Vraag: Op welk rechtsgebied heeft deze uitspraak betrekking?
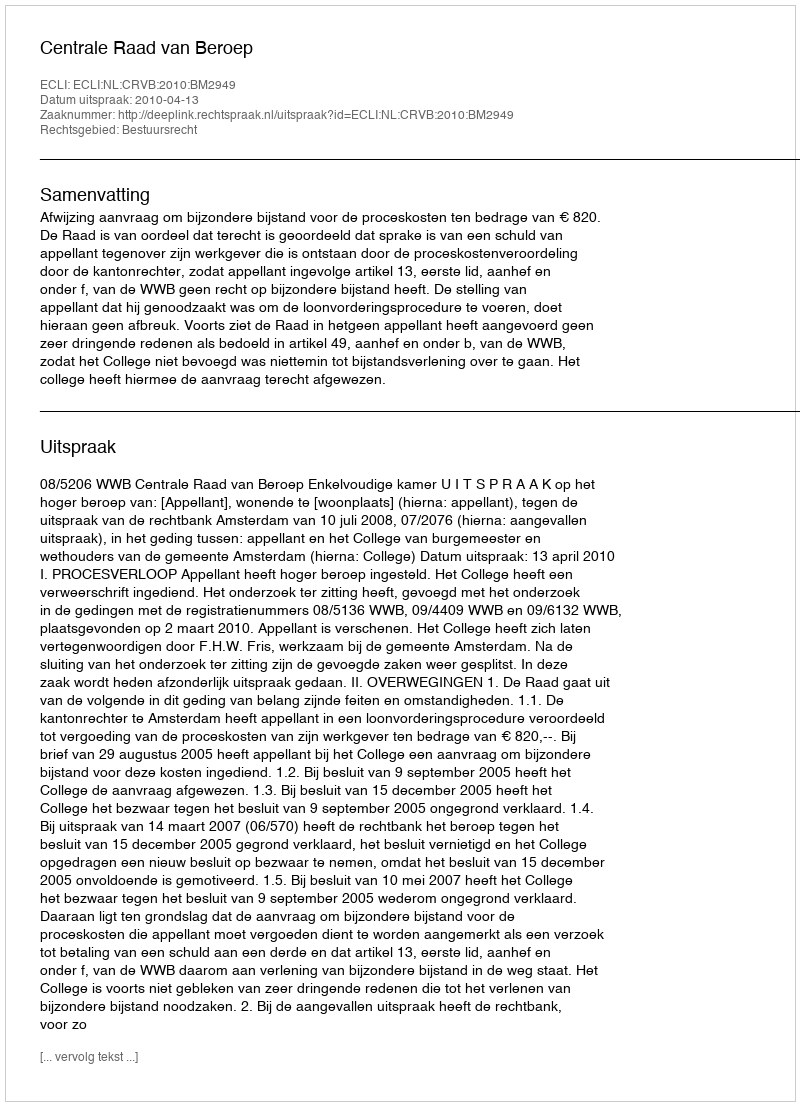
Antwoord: Bestuursrecht